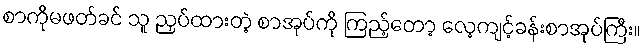
စာကိုမဖတ်ခင် သူ ညှပ်ထားတဲ့ စာအုပ်ကို ကြည့်တော့ လေ့ကျင့်ခန်းစာအုပ်ကြီး။